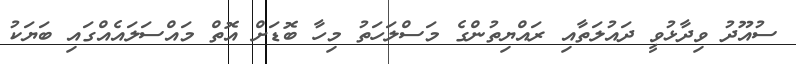
ސުއޫދު ވިދާޅުވީ ދައުލަތާއި ރައްޔިތުންގެ މަސްލަހަތު މިހާ ބޮޑަށް އޮތް މައްސަލައެއްގައި ބަޔަކު